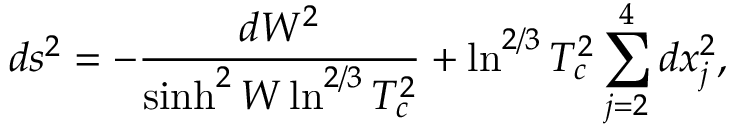
d s ^ { 2 } = - \frac { d W ^ { 2 } } { \sinh ^ { 2 } W \ln ^ { 2 / 3 } T _ { c } ^ { 2 } } + \ln ^ { 2 / 3 } T _ { c } ^ { 2 } \sum _ { j = 2 } ^ { 4 } d x _ { j } ^ { 2 } ,